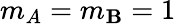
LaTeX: m_{A}=m_{\mathbf{B}}=1